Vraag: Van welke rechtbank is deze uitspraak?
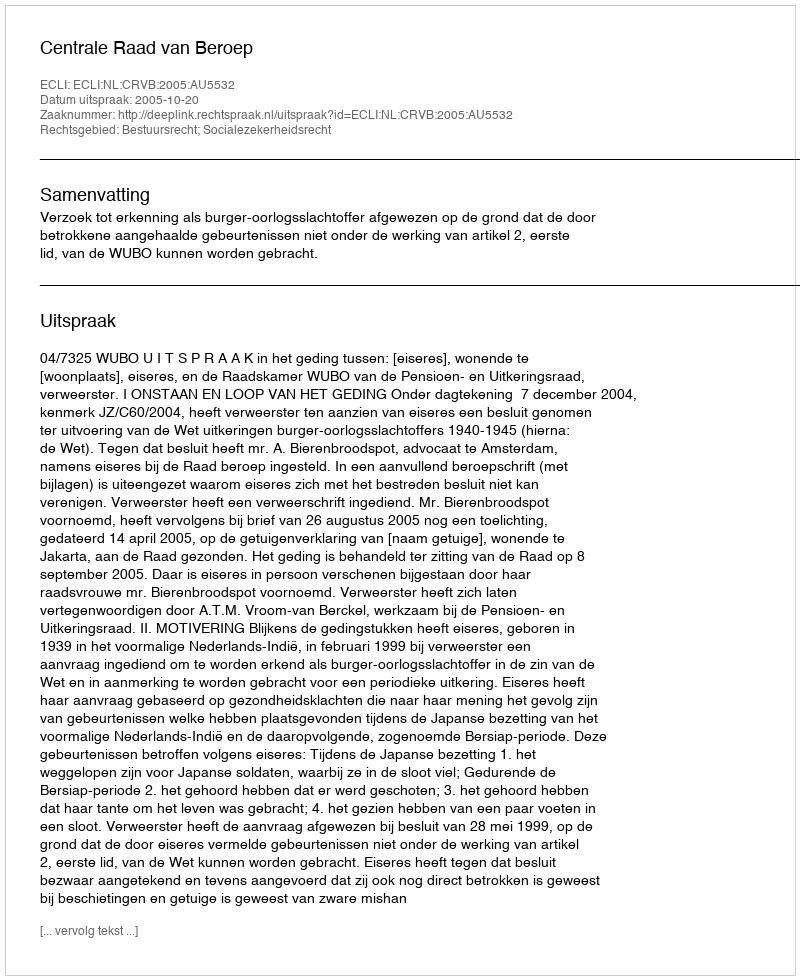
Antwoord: Centrale Raad van Beroep